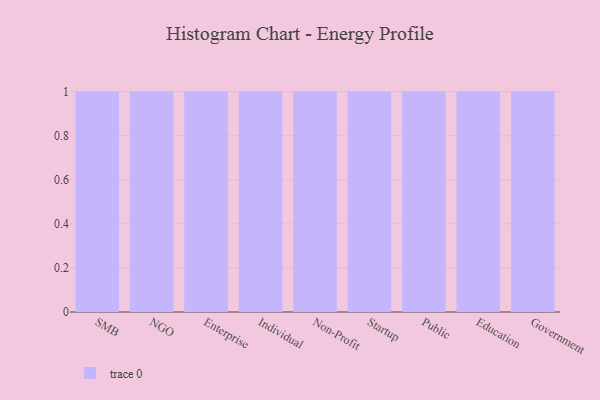
{"axis": {"x": "Segment", "y": "Net Income (USD K)"}, "legend": [""], "data": [{"x": "SMB", "y": 18, "type": ""}, {"x": "NGO", "y": 74, "type": ""}, {"x": "Enterprise", "y": 43, "type": ""}, {"x": "Individual", "y": 74, "type": ""}, {"x": "Non-Profit", "y": 91, "type": ""}, {"x": "Startup", "y": 76, "type": ""}, {"x": "Public", "y": 66, "type": ""}, {"x": "Education", "y": 74, "type": ""}, {"x": "Government", "y": 95, "type": ""}]}